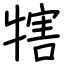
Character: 犗